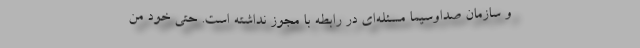
و سازمان صداوسیما مسئله‌ای در رابطه با مجوز نداشته است. حتی خود من